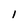
Character: l